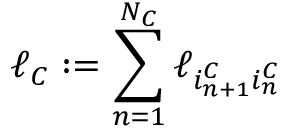
\ell _ { C } : = \sum _ { n = 1 } ^ { N _ { C } } \ell _ { i _ { n + 1 } ^ { C } i _ { n } ^ { C } }